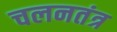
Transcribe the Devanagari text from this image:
चलनतंत्र